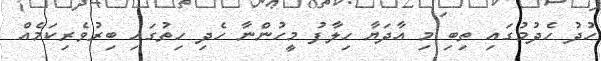
ހުދު ހެދުމުގައި ތިބި މި އާދަޔާ ހިލާފު މީހުންނާ ހެދި ހިތުގައި ބިރުވެރިކަމެއް